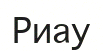
Риау